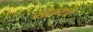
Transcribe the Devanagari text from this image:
सौम्यच